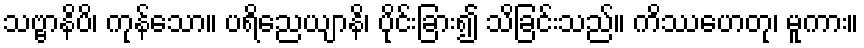
သဗ္ဗာနိပိ၊ ကုန်သော။ ပရိညေယျာနိ၊ ပိုင်းခြား၍ သိခြင်းသည်။ ကိဿဟေတု၊ မူကား။